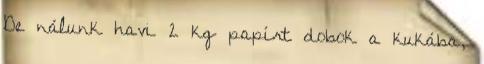
De nálunk havi 2 kg papírt dobok a kukába,